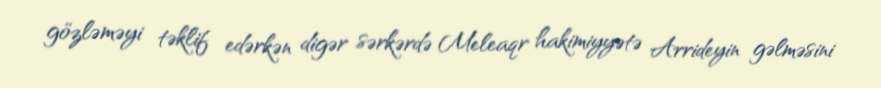
gözləməyi təklif edərkən digər sərkərdə Meleaqr hakimiyyətə Arrideyin gəlməsini